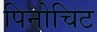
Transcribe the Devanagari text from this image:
पिनोचिट